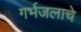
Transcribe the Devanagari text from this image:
गर्भजलाचे